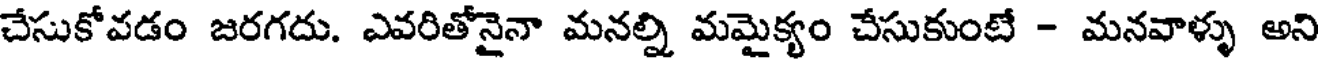
చేసుకోవడం జరగదు. ఎవరితోనైనా మనల్ని మమైక్యం చేసుకుంటే - మనవాళ్ళు అని